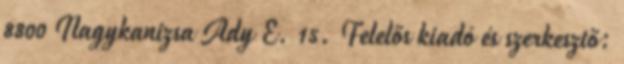
8800 Nagykanizsa Ady E. 15. Felelős kiadó és szerkesztő: